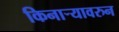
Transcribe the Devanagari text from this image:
किनार्‍यावरुन